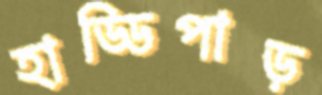
হাড্ডিপাড়